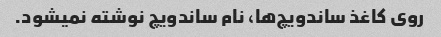
روی کاغذ ساندویچ‌ها، نام ساندویچ نوشته نمیشود.